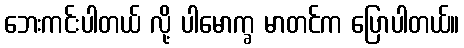
ဘေးကင်းပါတယ် လို့ ပါမောက္ခ မာတင်က ပြောပါတယ်။